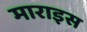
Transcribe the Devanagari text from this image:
माराइस